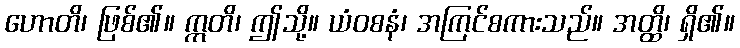
ဟောတိ၊ ဖြစ်၏။ ဣတိ၊ ဤသို့။ ယံဝစနံ၊ အကြင်စကားသည်။ အတ္ထိ၊ ရှိ၏။